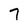
Character: 7